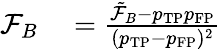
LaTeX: \begin{array}{rl}{\mathcal{F}_{B}}&{{}=\frac{\tilde{\mathcal{F}}_{B}-p_{\mathrm{TP}}p_{\mathrm{FP}}}{(p_{\mathrm{TP}}-p_{\mathrm{FP}})^{2}}}\end{array}